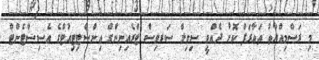
މި ރަސްމިއްޔާތު ތަޢާރަފް ކޮށް ދެއްވީ ސިވިލް ސަރވިސް ޓްރެއިނިންގް އިންސްޓިޓިއުޓްގެ އެސިސްޓެންޓް